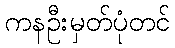
ကနဦးမှတ်ပုံတင်